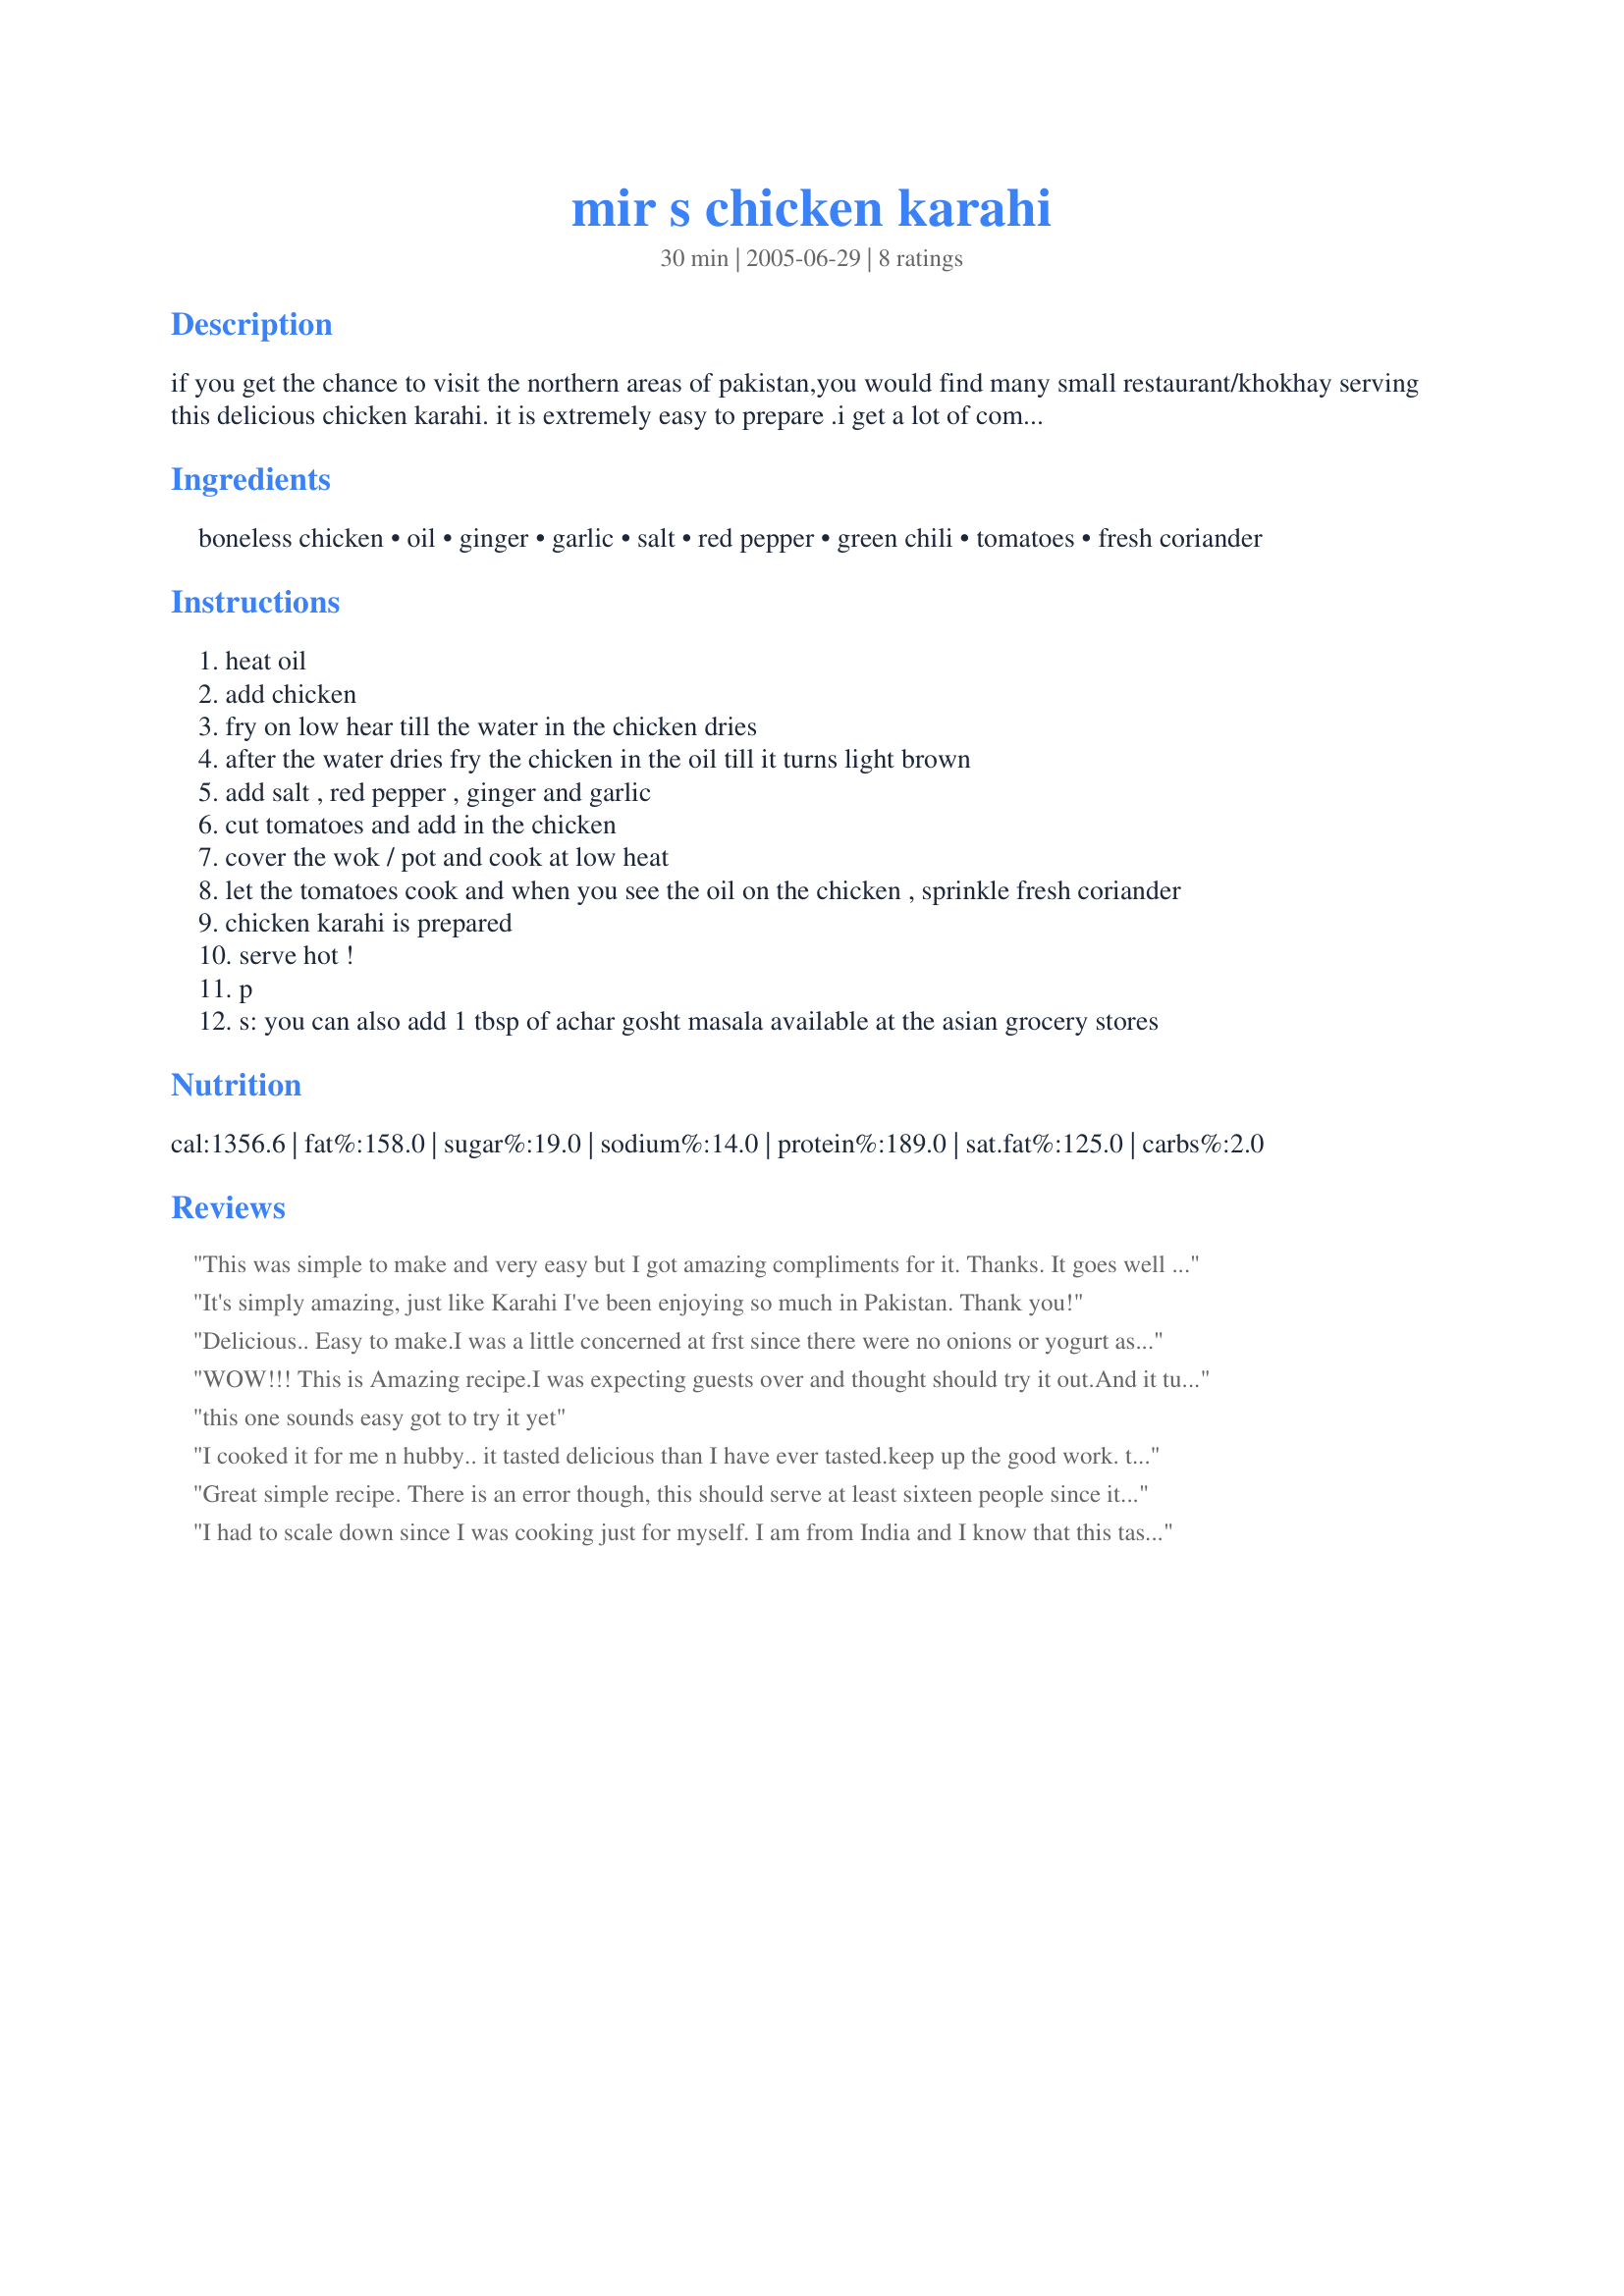
mir s chicken karahi
Preparation time: 30 minutes

if you get the chance to visit the northern areas of pakistan,you would find many small restaurant/khokhay serving this delicious chicken karahi. it is extremely easy to prepare .i get a lot of compliments for this dish. try it out and you will be amazed by the taste and the preparation time. ideal for newly married girls who want to impress their husband and in-laws of their cooking skills.:o)

Ingredients:
boneless chicken, oil, ginger, garlic, salt, red pepper, green chili, tomatoes, fresh coriander

Steps:
heat oil
add chicken
fry on low hear till the water in the chicken dries
after the water dries fry the chicken in the oil till it turns light brown
add salt , red pepper , ginger and garlic
cut tomatoes and add in the chicken
cover the wok / pot and cook at low heat
let the tomatoes cook and when you see the oil on the chicken , sprinkle fresh coriander
chicken karahi is prepared
serve hot !
p
s: you can also add 1 tbsp of achar gosht masala available at the asian grocery stores

Reviews:
This was simple to make and very easy but I got amazing compliments for it. Thanks. It goes well with Simple Coriander Chutney.
It's simply amazing, just like Karahi I've been enjoying so much in Pakistan. Thank you!
Delicious..
Easy to make.I was a little concerned at frst since there were no onions or yogurt as part of the recipe but I am amazed.It did remind of the khoka.I also added green pepper which tasted great.
We all love this recipe.I also have to try to the lemonade posted by this cheff.
WOW!!! This is Amazing recipe.I was expecting guests over and thought should try it out.And it turned out to be yummy.Everyone was amazed that it was home-cooked.Highly recommended recipe.
this one sounds easy got to try it yet
I cooked it for me n hubby.. it tasted delicious than I have ever tasted.keep up the good work. thanks for this easy n tasty recipe!
Great simple recipe. There is an error though, this should serve at least sixteen people since it is 4 lbs and four people can eat in a pound of boneless chicken. I also add whole green chilies to it too.
I had to scale down since I was cooking just for myself. I am from India and I know that this tastes a lot like the Karahi chicken I've eaten as a child in the houses of my North Indian Muslim friends. This is exquisite! For people trying out this recipe for the first time, I'd like to mention that drying up the chicken on a low flame requires patience. Do not panic if you have already spent five minutes stirring the chicken and it's still not dry. Just be patient; the end result is definitely worth it. The low flame is key to cooking this dish right, though, I must say.
